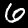
Digit: 6